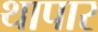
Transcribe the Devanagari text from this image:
थापार